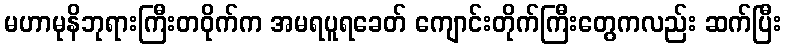
မဟာမုနိဘုရားကြီးတဝိုက်က အမရပူရခေတ် ကျောင်းတိုက်ကြီးတွေကလည်း ဆက်ပြီး